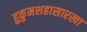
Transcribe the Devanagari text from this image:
हुकुमशहासारखा